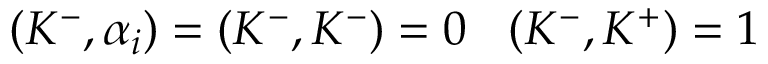
( K ^ { - } , \alpha _ { i } ) = ( K ^ { - } , K ^ { - } ) = 0 \: \: \: \: ( K ^ { - } , K ^ { + } ) = 1